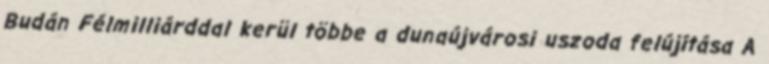
Budán Félmilliárddal kerül többe a dunaújvárosi uszoda felújítása A